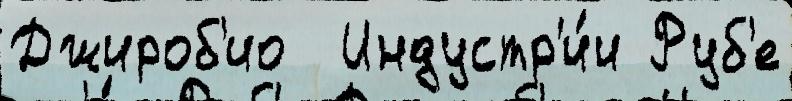
Джироб'ио  Индустр'и́и Руб'е